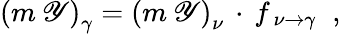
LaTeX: \left(m\: \mathscr{Y}\right)_{\gamma}=\left(m\: \mathscr{Y}\right)_{\nu}\, \cdot\, f_{\, \nu\rightarrow\gamma}\; \; ,